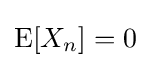
{\textstyle \operatorname {E} [X_{n}]=0}